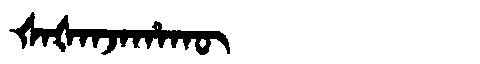
Manchu: ᡧᠠᡧᠠᠨᠵᠠᡥᠠᡴᡡ
Romanization: ŠAŠANJAHAKŪ